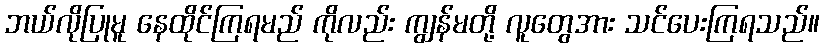
ဘယ်လိုပြုမူ နေထိုင်ကြရမည် ကိုလည်း ကျွန်မတို့ လူတွေအား သင်ပေးကြရသည်။